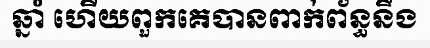
ឆ្នាំ ហើយពួកគេបានពាក់ព័ន្ធនឹង